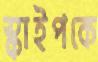
স্কাইপকে